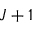
J + 1